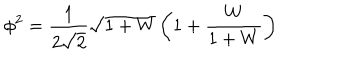
\phi ^ { 2 } = \frac { 1 } { 2 \sqrt { 2 } } \sqrt { 1 + W } \left( 1 + \frac { W } { 1 + W } \right)